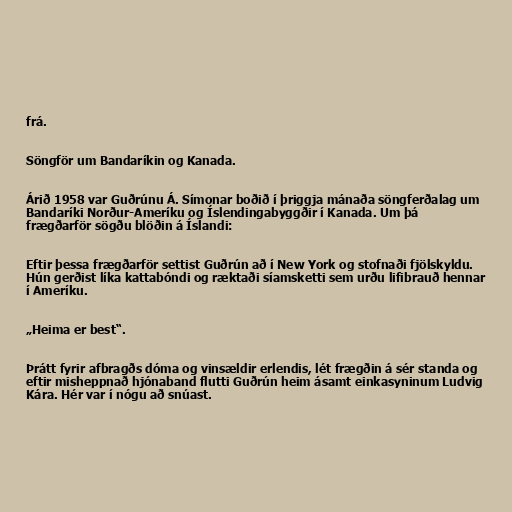
frá.

Söngför um Bandaríkin og Kanada.

Árið 1958 var Guðrúnu Á. Símonar boðið í þriggja mánaða söngferðalag um
Bandaríki Norður-Ameríku og Íslendingabyggðir í Kanada. Um þá
frægðarför sögðu blöðin á Íslandi:

Eftir þessa frægðarför settist Guðrún að í New York og stofnaði fjölskyldu.
Hún gerðist líka kattabóndi og ræktaði síamsketti sem urðu lifibrauð hennar
í Ameríku.

„Heima er best“.

Þrátt fyrir afbragðs dóma og vinsældir erlendis, lét frægðin á sér standa og
eftir misheppnað hjónaband flutti Guðrún heim ásamt einkasyninum Ludvig
Kára. Hér var í nógu að snúast.